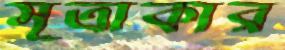
সূত্রাকার